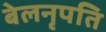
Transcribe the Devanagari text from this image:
बेलनृपति